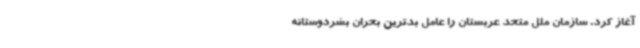
آغاز کرد. سازمان ملل متحد عربستان را عامل بدترین بحران بشردوستانه